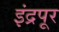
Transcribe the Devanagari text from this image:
इंद्रपूर